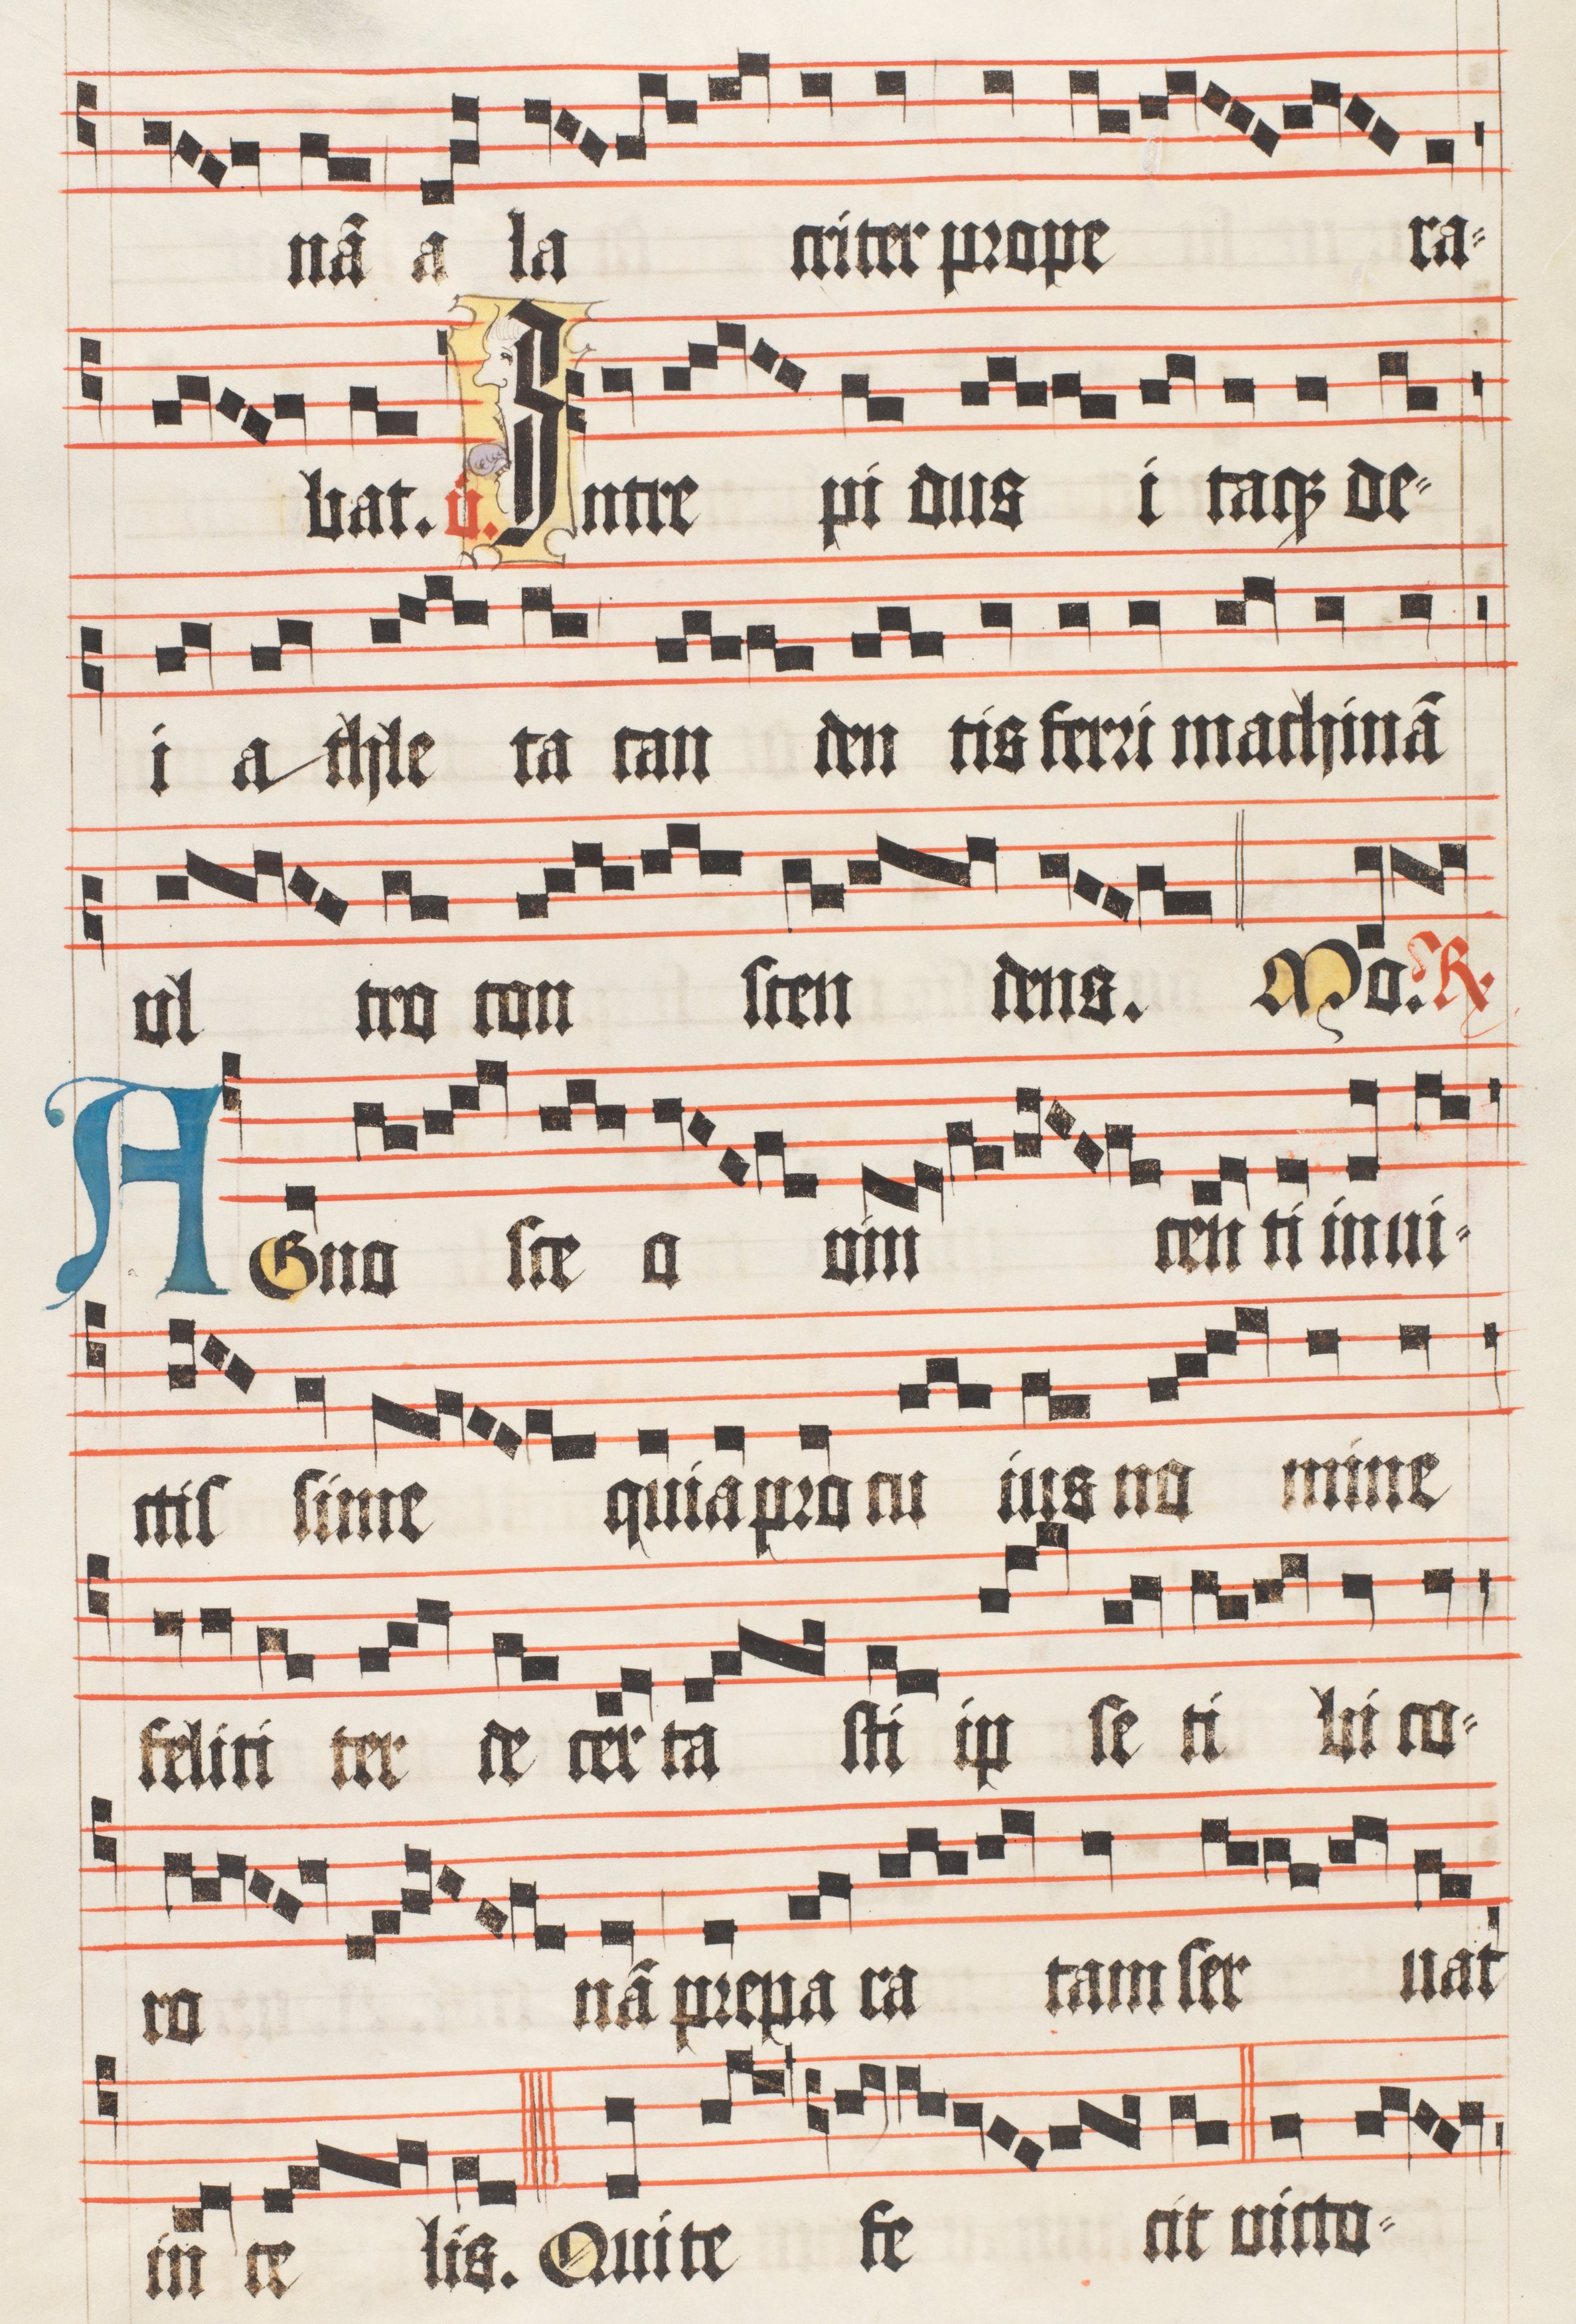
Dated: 1510–1517